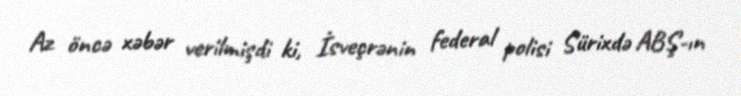
Az öncə xəbər verilmişdi ki, İsveçrənin federal polisi Sürixdə ABŞ-ın